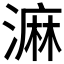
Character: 𣻕